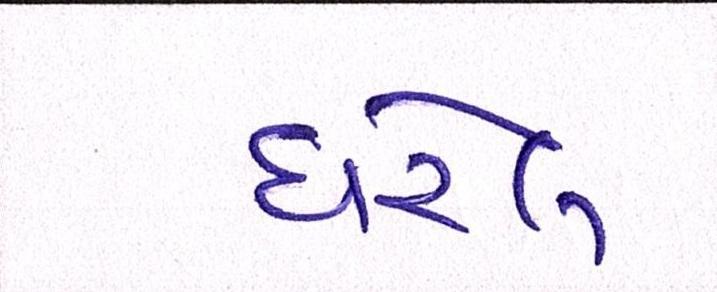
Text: ધરેલ